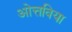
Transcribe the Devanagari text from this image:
ओत्तविया